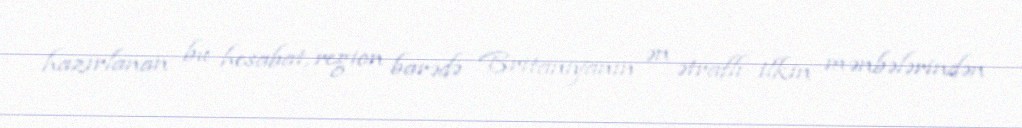
hazırlanan bu hesabat, region barədə Britanıyanın ən ətraflı ilkin mənbələrindən